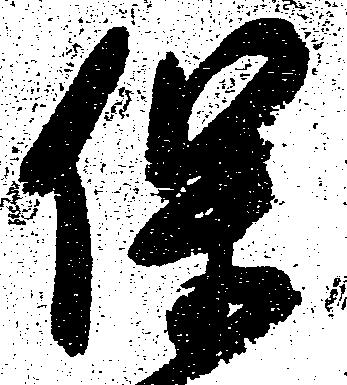
保